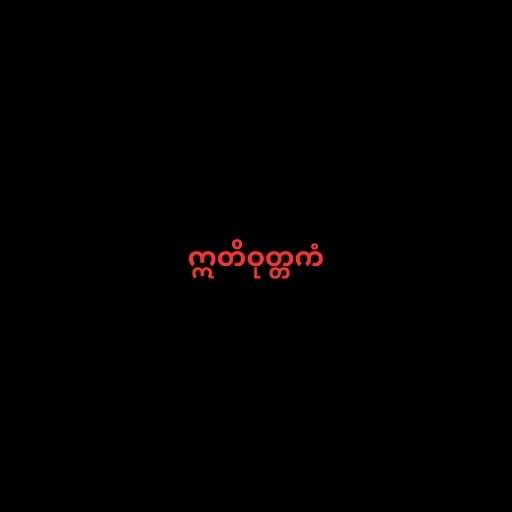
ဣတိဝုတ္တကံ